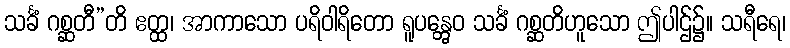
သင်္ခံ ဂစ္ဆတီ”တိ ဧတ္ထ၊ အာကာသော ပရိဝါရိတော ရူပန္တွေဝ သင်္ခံ ဂစ္ဆတိဟူသော ဤပါဌ်၌။ သရီရေ၊